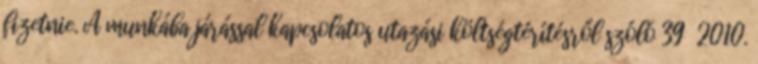
fizetnie. A munkába járással kapcsolatos utazási költségtérítésről szóló 39 2010.